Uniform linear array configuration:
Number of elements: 12
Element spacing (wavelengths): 0.25
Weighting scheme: hamming
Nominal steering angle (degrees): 0
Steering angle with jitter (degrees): -1.882
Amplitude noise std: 0.05
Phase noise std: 0.05

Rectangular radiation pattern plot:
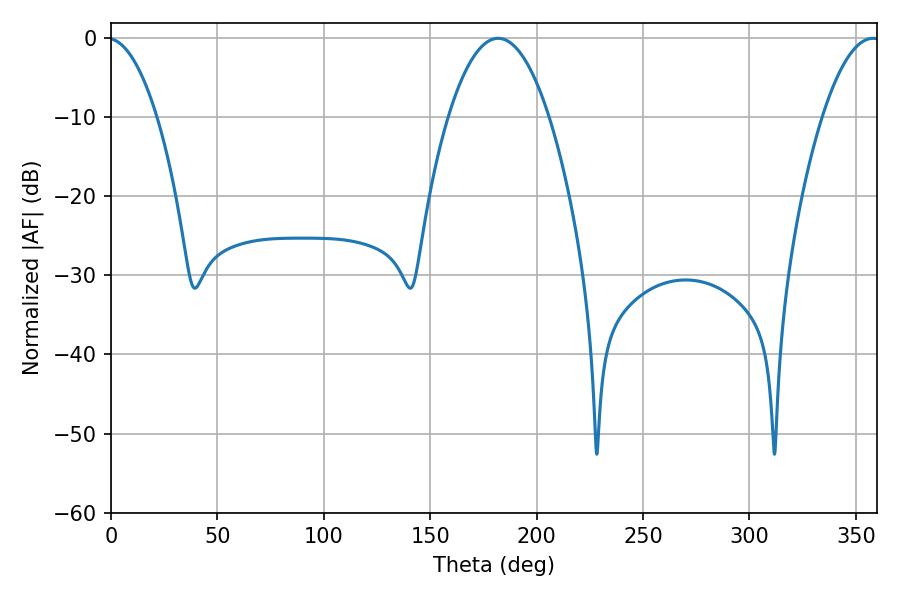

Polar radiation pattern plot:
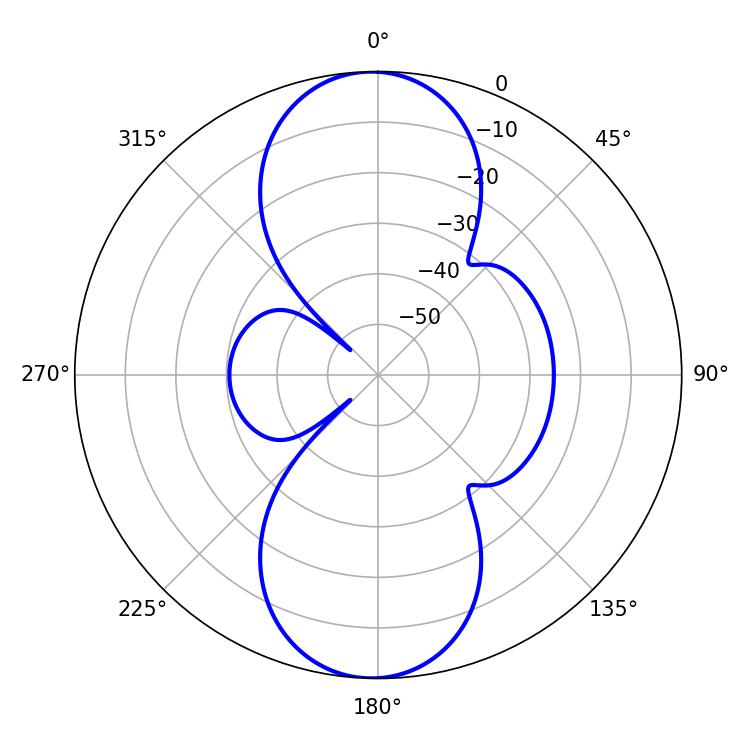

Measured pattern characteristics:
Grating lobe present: FALSE
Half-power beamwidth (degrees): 26.28
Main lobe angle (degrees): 181.98